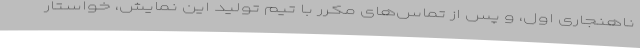
ناهنجاری اول، و پس از تماس‌های مکرر با تیم تولید این نمایش، خواستار